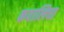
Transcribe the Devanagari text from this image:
कवालिचा